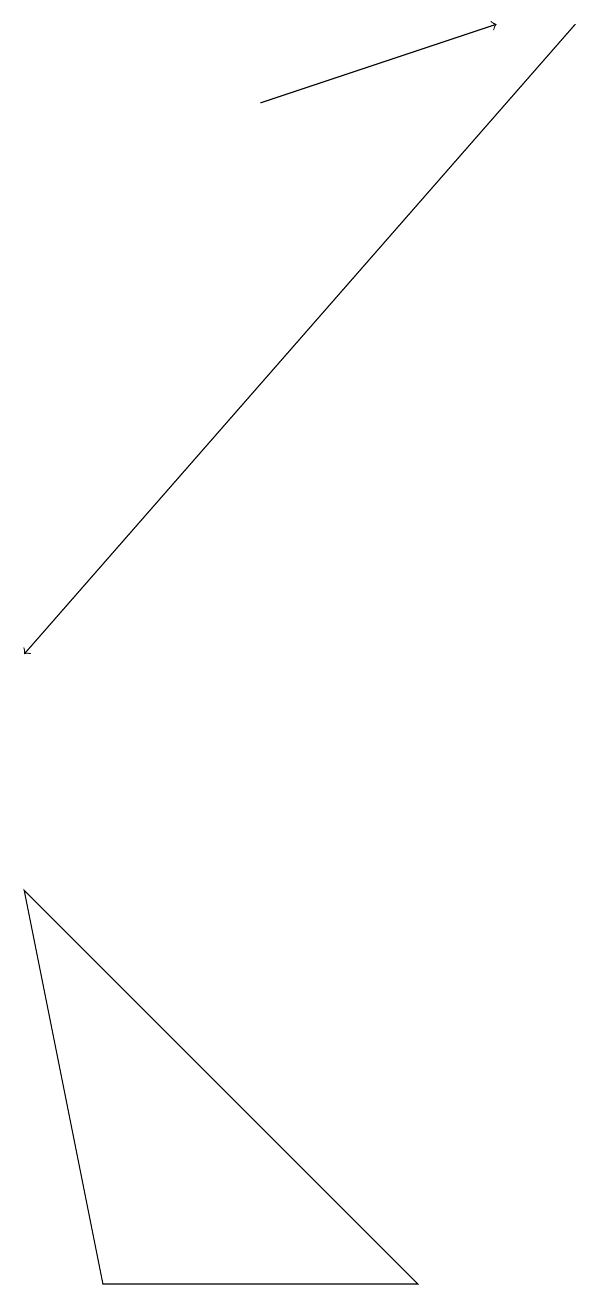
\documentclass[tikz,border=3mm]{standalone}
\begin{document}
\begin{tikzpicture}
\draw (2,3) -- (6,3) -- (1,8) -- cycle;
\draw[->] (8,19) -- (1,11);
\draw[->] (4,18) -- (7,19);
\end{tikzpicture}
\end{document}